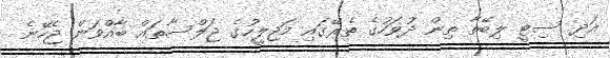
އަދި ސިޓީ ލިބޭތާ ތިން ދުވަހުގެ ތެރޭގައި މަޖިލީހުގެ ޖަލްސާތައް ބާއްވަން ޖެހޭނެ